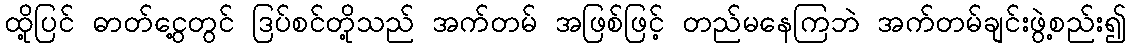
ထို့ပြင် ဓာတ်ငွေ့တွင် ဒြပ်စင်တို့သည် အက်တမ် အဖြစ်ဖြင့် တည်မနေကြဘဲ အက်တမ်ချင်းဖွဲ့စည်း၍